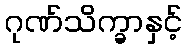
ဂုဏ်သိက္ခာနှင့်